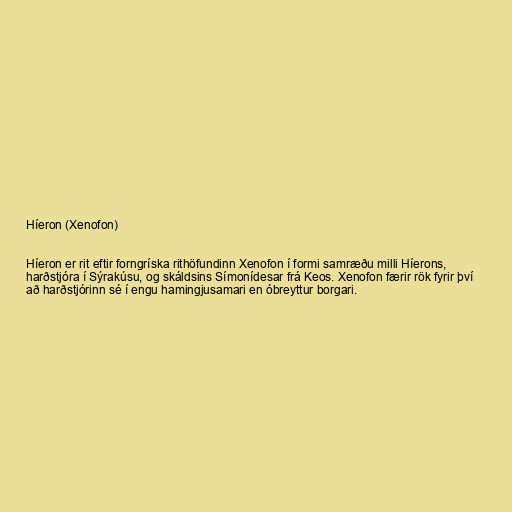
Híeron (Xenofon)

Híeron er rit eftir forngríska rithöfundinn Xenofon í formi samræðu milli Híerons,
harðstjóra í Sýrakúsu, og skáldsins Símonídesar frá Keos. Xenofon færir rök fyrir því
að harðstjórinn sé í engu hamingjusamari en óbreyttur borgari.